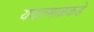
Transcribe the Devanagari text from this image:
यवतमाळकडे